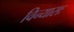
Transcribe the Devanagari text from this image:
विन्यासः